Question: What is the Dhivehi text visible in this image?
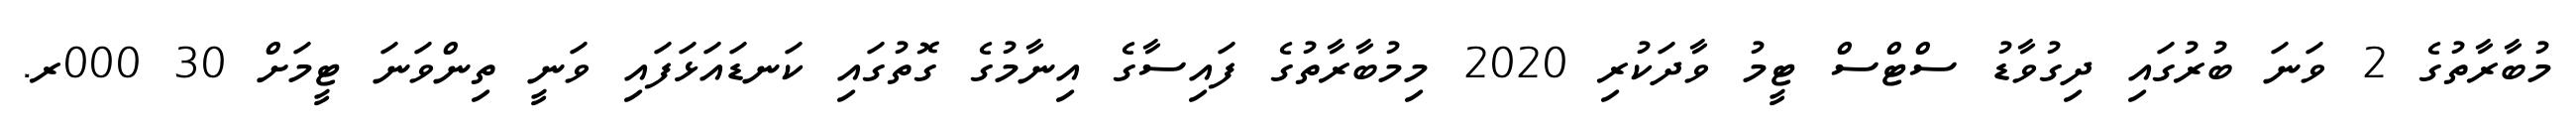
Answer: މުބާރާތުގެ 2 ވަނަ ބުރުގައި ދިގުވާޑު ސްޓްސް ޓީމު ވާދަކުރި 2020 މިމުބާރާތުގެ ފައިސާގެ އިނާމުގެ ގޮތުގައި ކަނޑައަޅަފައި ވަނީ ތިންވަނަ ޓީމަށް 30 000ރ.